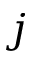
j